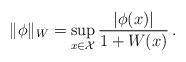
LaTeX: \begin{align*}\| \phi \|_W = \sup_{x \in \mathcal{X}} \frac{|\phi(x)|}{1+W(x)}\,.\end{align*}